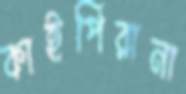
কাইপিরানা